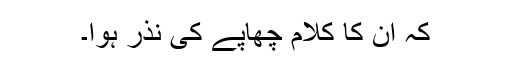
کہ ان کا کلام چھاپے کی نذر ہُوا۔